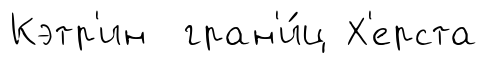
Кэтр'ин гран'и́ц Х'ерста